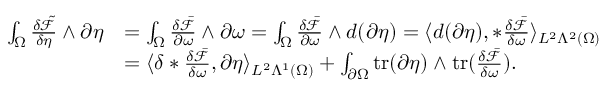
\begin{array} { r l } { \int _ { \Omega } \frac { \delta \tilde { \mathcal { F } } } { \delta \eta } \wedge \partial \eta } & { = \int _ { \Omega } \frac { \delta \bar { \mathcal { F } } } { \partial \omega } \wedge \partial \omega = \int _ { \Omega } \frac { \delta \bar { \mathcal { F } } } { \partial \omega } \wedge d ( \partial \eta ) = \langle d ( \partial \eta ) , \ast \frac { \delta \bar { \mathcal { F } } } { \delta \omega } \rangle _ { L ^ { 2 } \Lambda ^ { 2 } ( \Omega ) } } \\ & { = \langle \delta \ast \frac { \delta \bar { \mathcal { F } } } { \delta \omega } , \partial \eta \rangle _ { L ^ { 2 } \Lambda ^ { 1 } ( \Omega ) } + \int _ { \partial \Omega } \mathrm { t r } ( \partial \eta ) \wedge \mathrm { t r } ( \frac { \delta \bar { \mathcal { F } } } { \delta \omega } ) . } \end{array}